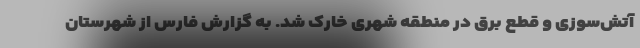
آتش‌سوزی و قطع برق در منطقه شهری خارک شد. به گزارش فارس از شهرستان